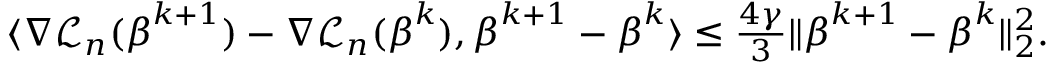
\begin{array} { r l } & { \langle \nabla { \mathcal L } _ { n } ( { \boldsymbol { \beta } } ^ { k + 1 } ) - \nabla { \mathcal L } _ { n } ( { \boldsymbol { \beta } } ^ { k } ) , { \boldsymbol { \beta } } ^ { k + 1 } - { \boldsymbol { \beta } } ^ { k } \rangle \leq \frac { 4 \gamma } { 3 } \| { \boldsymbol { \beta } } ^ { k + 1 } - { \boldsymbol { \beta } } ^ { k } \| _ { 2 } ^ { 2 } . } \end{array}